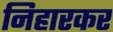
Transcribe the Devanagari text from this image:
निहारकर